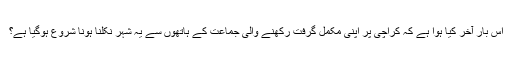
اس بار آخر کیا ہوا ہے کہ کراچی پر اپنی مکمل گرفت رکھنے والی جماعت کے ہاتھوں سے یہ شہر نکلنا ہونا شروع ہوگیا ہے؟